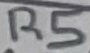
Text: R5